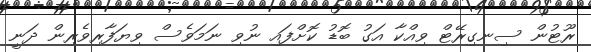
ރޫޓުން ސިނގިރޭޓް ވިއްކާ އަގު ބޮޑު ކޮށްފައި ނުވި ނަމަވެސް ވިޔަފާރިވެރިން ދަނީ